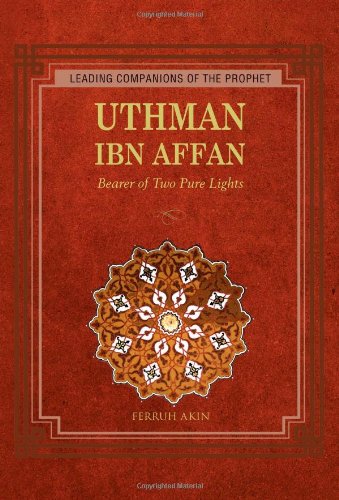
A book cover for Uthman: Bearer of Two Pure Lights (Leading Companions of the Prophet); Ferruh Akin; Children's Books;